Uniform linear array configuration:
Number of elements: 4
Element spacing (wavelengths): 0.25
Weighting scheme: blackman
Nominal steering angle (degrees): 45
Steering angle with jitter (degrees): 46.68
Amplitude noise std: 0.05
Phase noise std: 0.05

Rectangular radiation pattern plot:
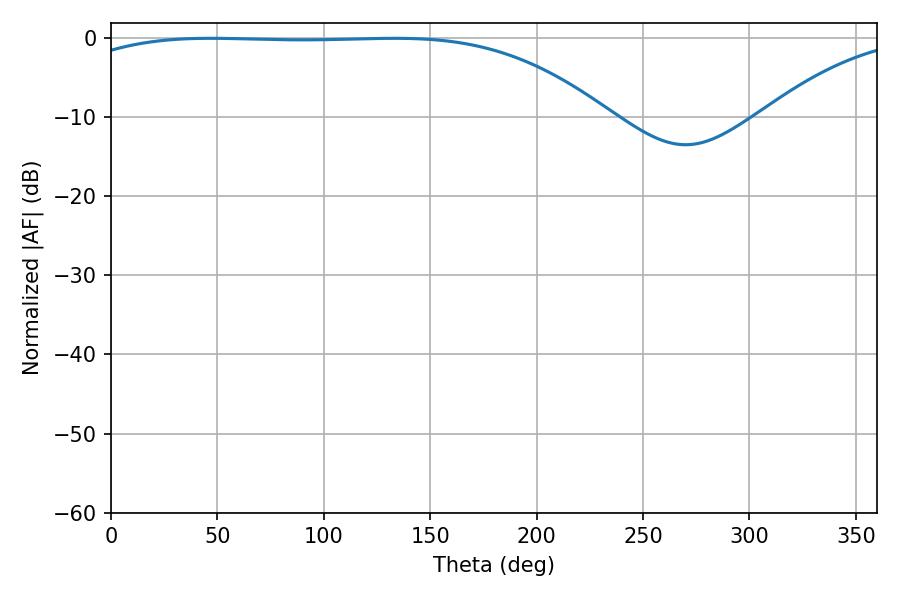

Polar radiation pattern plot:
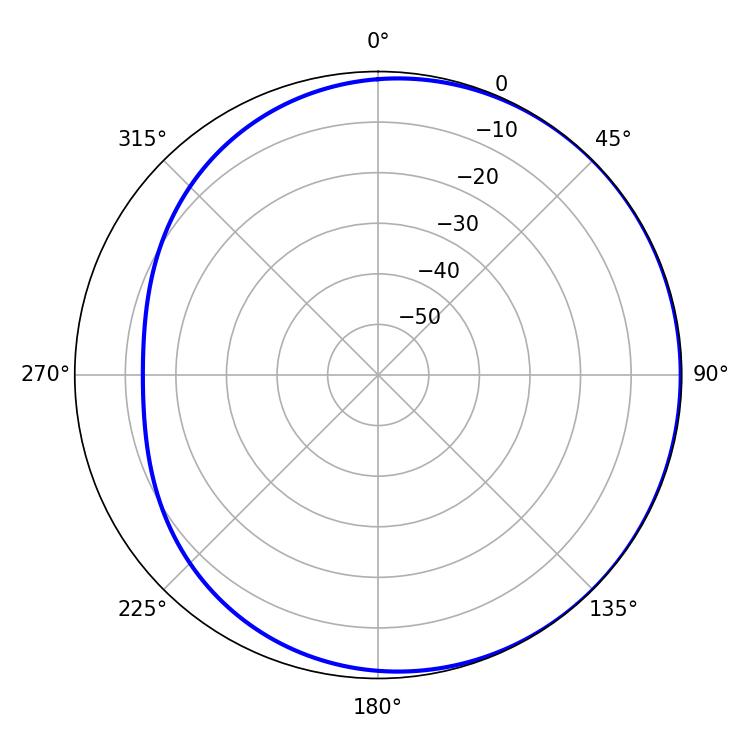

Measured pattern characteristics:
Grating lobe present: FALSE
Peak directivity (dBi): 0.9102
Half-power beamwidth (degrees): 195.66
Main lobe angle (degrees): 46.98